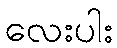
လေးပါး